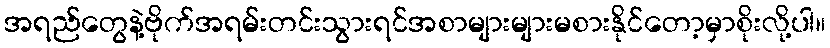
အရည်တွေနဲ့ဗိုက်အရမ်းတင်းသွားရင်အစာများများမစားနိုင်တော့မှာစိုးလို့ပါ။